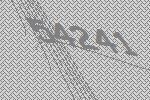
54241